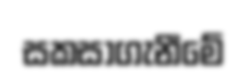
සකසාගැනීමේ